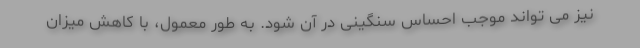
نیز می تواند موجب احساس سنگینی در آن شود. به طور معمول، با کاهش میزان